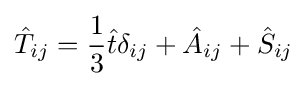
{\hat {T}}_{ij}={\frac {1}{3}}{\hat {t}}\delta _{ij}+{\hat {A}}_{ij}+{\hat {S}}_{ij}